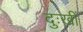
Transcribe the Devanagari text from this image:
दुःखीं